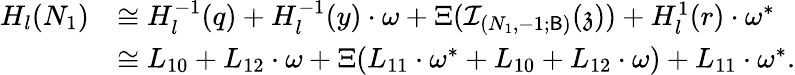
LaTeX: \begin{array}{rl}{H_{l}(N_{1})}&{\cong H_{l}^{-1}(q)+H_{l}^{-1}(y)\cdot\omega+\Xi(\mathcal{I}_{(N_{1},-1;\mathsf{B})}(\mathfrak z))+H_{l}^{1}(r)\cdot\omega^{*}}\\ &{\cong L_{10}+L_{12}\cdot\omega+\Xi(L_{11}\cdot\omega^{*}+L_{10}+L_{12}\cdot\omega)+L_{11}\cdot\omega^{*}.}\end{array}